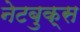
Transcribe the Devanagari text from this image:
नेटबुक्स